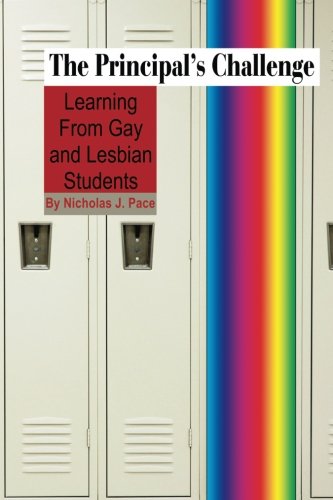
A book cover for The Principal's Challenge: Learning from Gay and Lesbian Students; Nicholas. J. Pace; Gay & Lesbian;